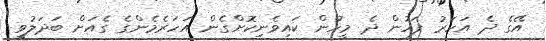
އޭގެ ދެ އަހަރު ފަހުން ދެ މީހުން ކައިވެނިކޮށްގެން އަހަރެމެންގެ ގެއަށް ބަދަލުވީ